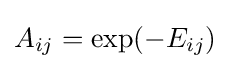
A_{ij}=\exp(-E_{ij})